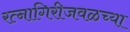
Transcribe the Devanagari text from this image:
रत्नागिरीजवळच्या